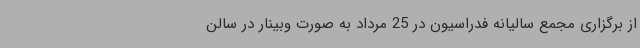
از برگزاری مجمع سالیانه فدراسیون در 25 مرداد به صورت وبینار در سالن